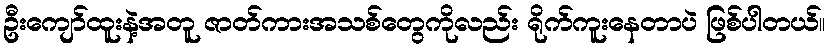
ဦးကျော်ထူးနဲ့အတူ ဇာတ်ကားအသစ်တွေကိုလည်း ရိုက်ကူးနေတာပဲ ဖြစ်ပါတယ်။